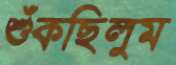
শুঁকছিলুম